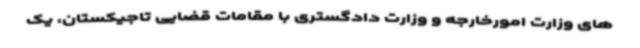
های وزارت امورخارجه و وزارت دادگستری با مقامات قضایی تاجیکستان، یک